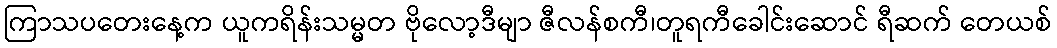
ကြာသပတေးနေ့က ယူကရိန်းသမ္မတ ဗိုလော့ဒီမျာ ဇီလန်စကီ၊တူရကီခေါင်းဆောင် ရီဆက် တေယစ်